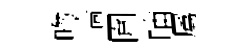
吻墙圍晡属